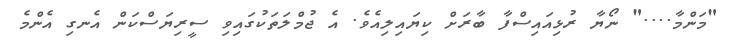
"މަންމާ...." ނޯޔާ ރުޅިއައިސްފާ ބާރަށް ކިޔައިލިއެވެ. އެ ޖުމްލަތަކުގައިވި ސީރިޔަސްކަން އެނގި އެންމެ